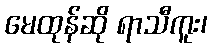
မေထုန်ဆို ရာသီကူး၊